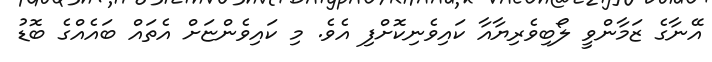
އޭނާގެ ޒަމާންވީ ލޯބިވެރިޔާއާ ކައިވެނިކޮށްފި އެވެ. މި ކައިވެންޏަށް އެތައް ބައެއްގެ ބޮޑު